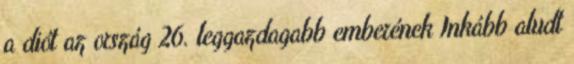
a diót az ország 26. leggazdagabb emberének Inkább aludt